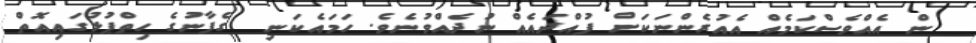
ން އެއްވެސްކަމެއް އެއުރެންނަކަށް ފުއްދައެއް ނުދެއްވުނެވެ. ހަމައެކަނި  ގެފާނުގެ ހިތްޕުޅުގައިއޮތް